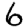
Digit: 6